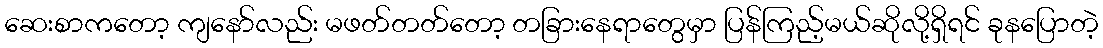
ဆေးစာကတော့ ကျနော်လည်း မဖတ်တတ်တော့ တခြားနေရာတွေမှာ ပြန်ကြည့်မယ်ဆိုလို့ရှိရင် ခုနပြောတဲ့